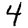
Digit: 4